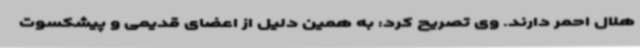
هلال احمر دارند. وی تصریح کرد: به همین دلیل از اعضای قدیمی و پیشکسوت